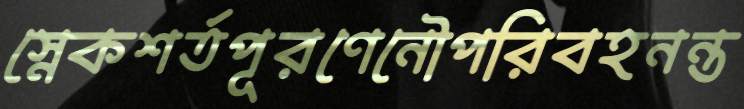
স্নেকশর্তপূরণেনৌপরিবহনন্ত